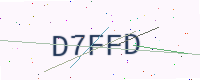
Text: D7FFD